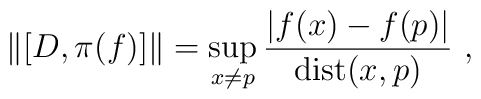
\|[D,\pi(f)]\|=\sup_{x \neq p} \frac{|f(x)-f(p)|}{\mathrm{dist}(x,p)}~,